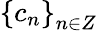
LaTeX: \left\{ c_{n}\right\} _{n\in Z}